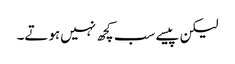
لیکن پیسے سب کچھ نہیں‌ہوتے۔